Riigikantselei, lk 4
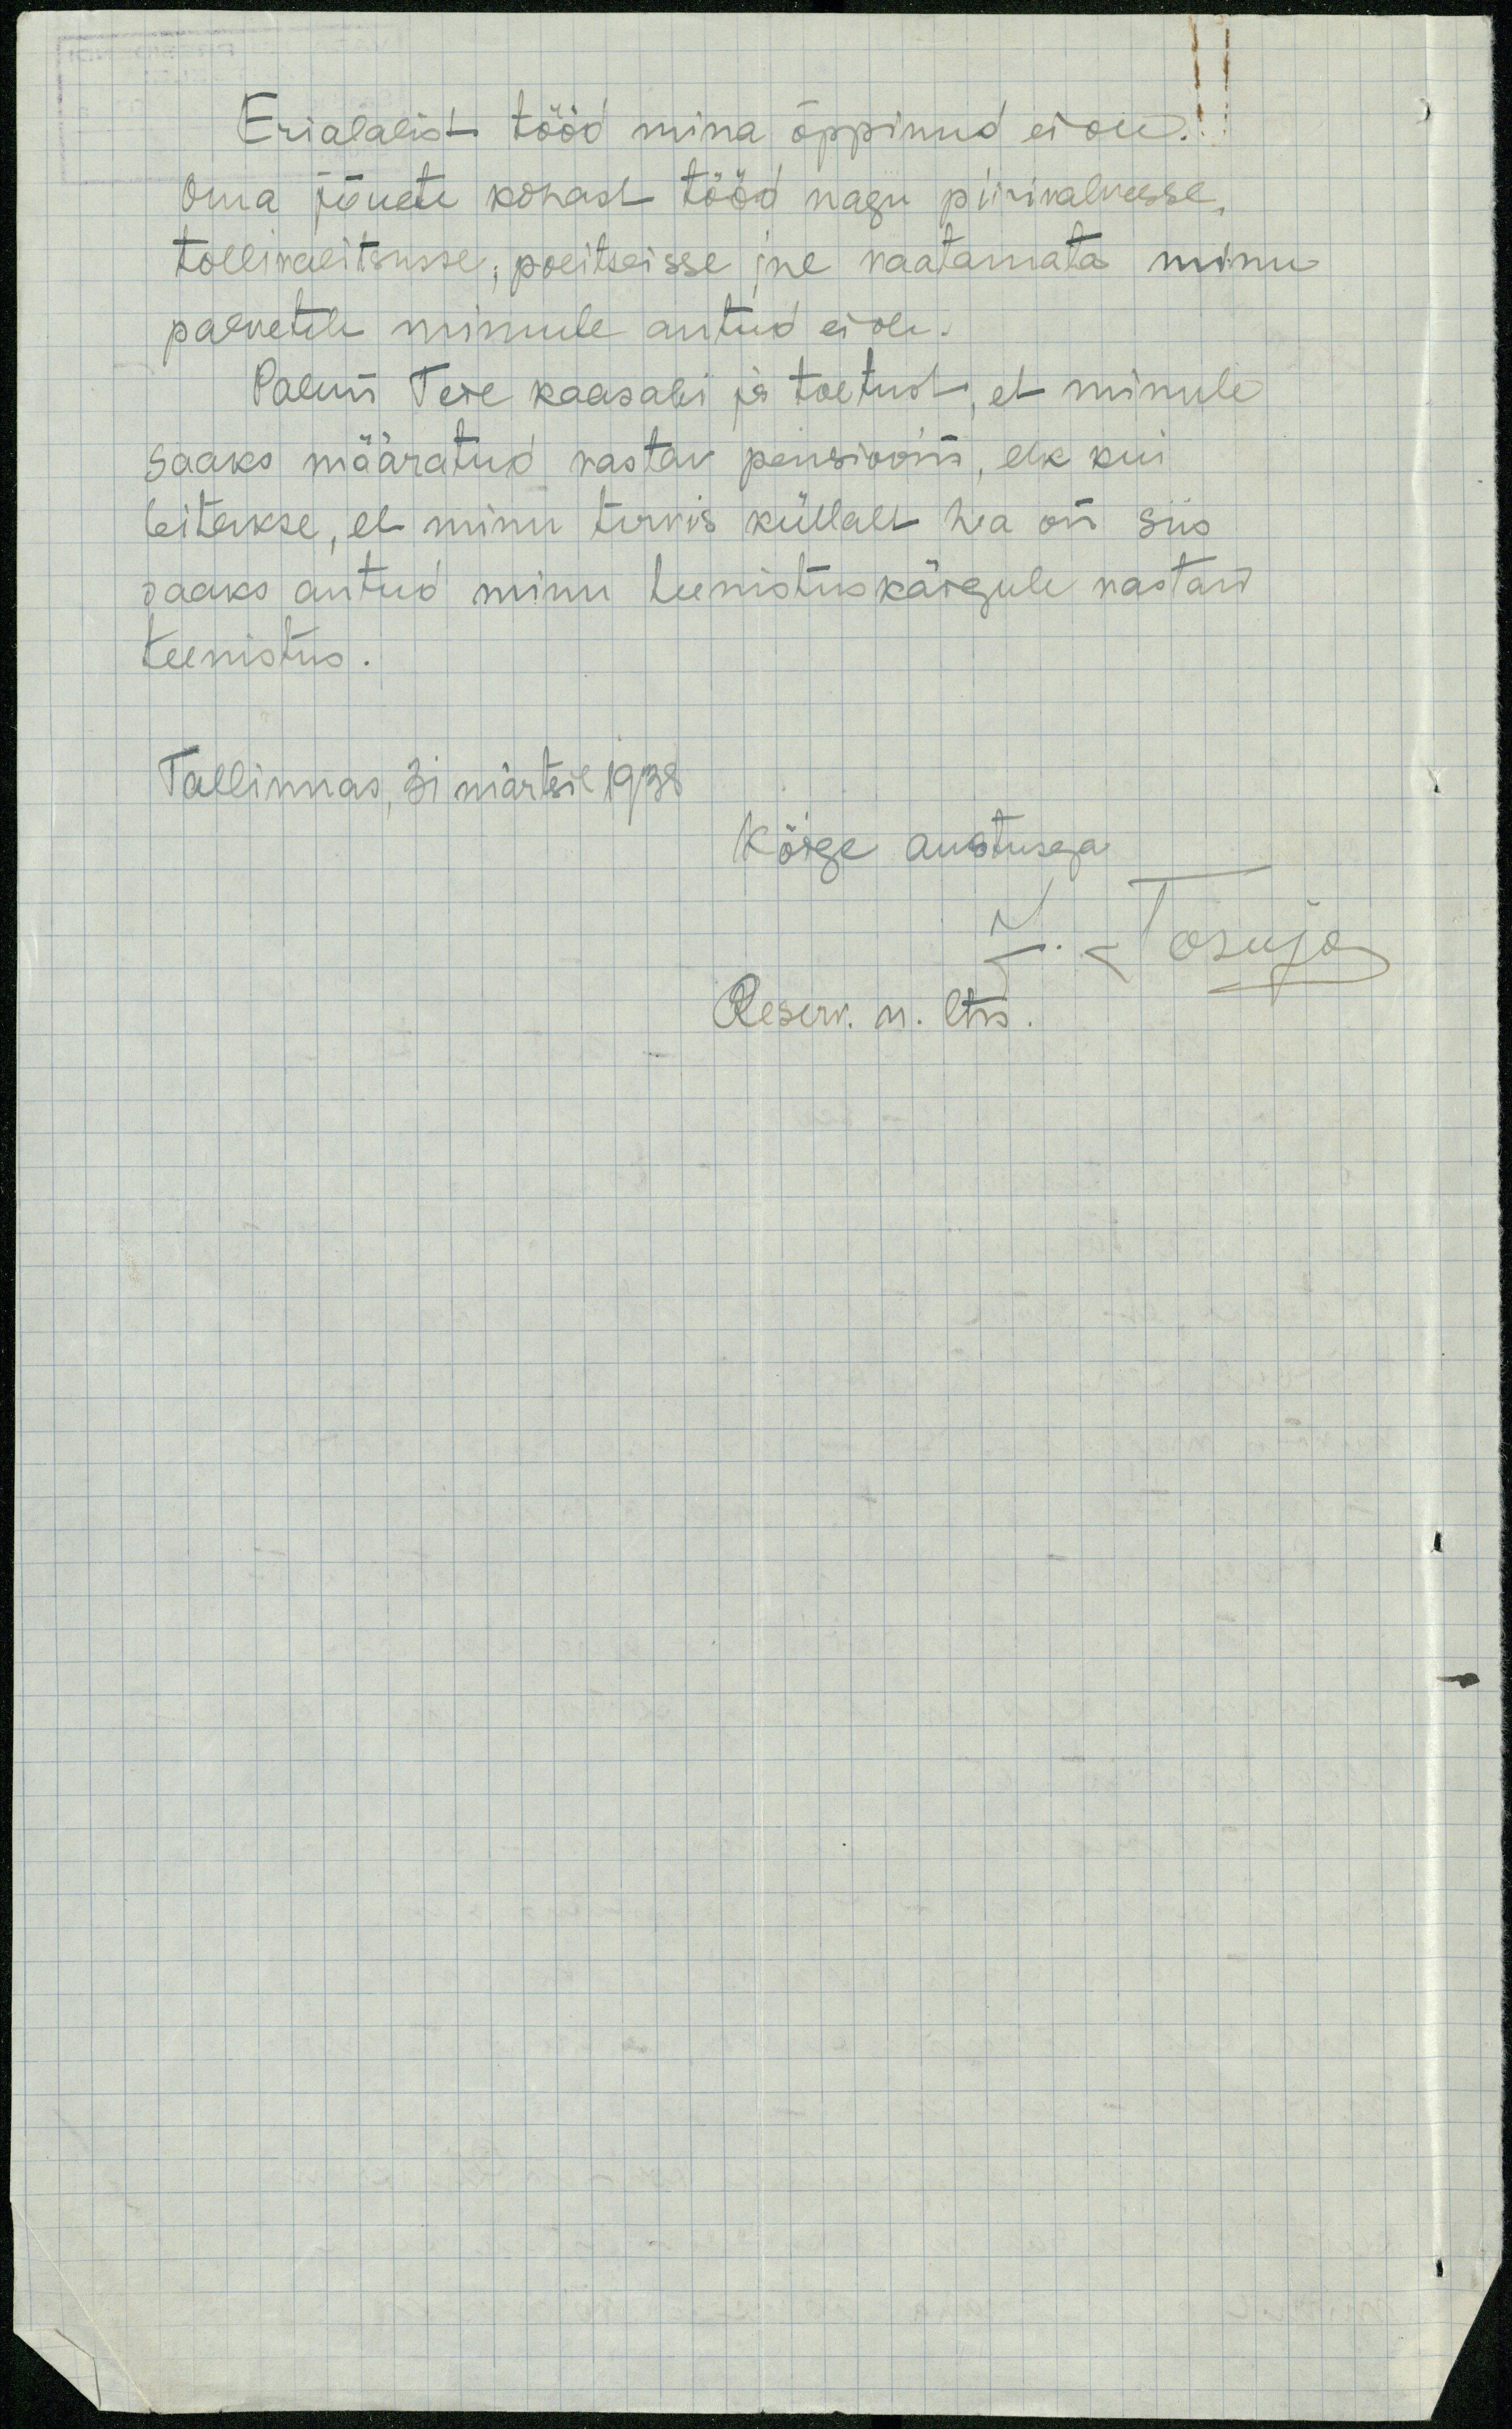
Erialalist tööd mina õppinud ei ole.
Oma jõuete kohast tööd nagu piirivalvesse,
tollivalitsusse, politseisse jne vaatamata minu
palvetele minule antud ei ole.
Palun Teie kaasabi ja toetust, et minule
saaks määratud vastav pensiooni, ehk kui
leitakse, et minu tervis küllalt hea on siis
saaks antud minu teenistuskäigule vastasv
teenistus.
Tallinnas, 31 märtsil 1938.
Kõrge austusega
J. Tasuja
Reserv. n. ltn.